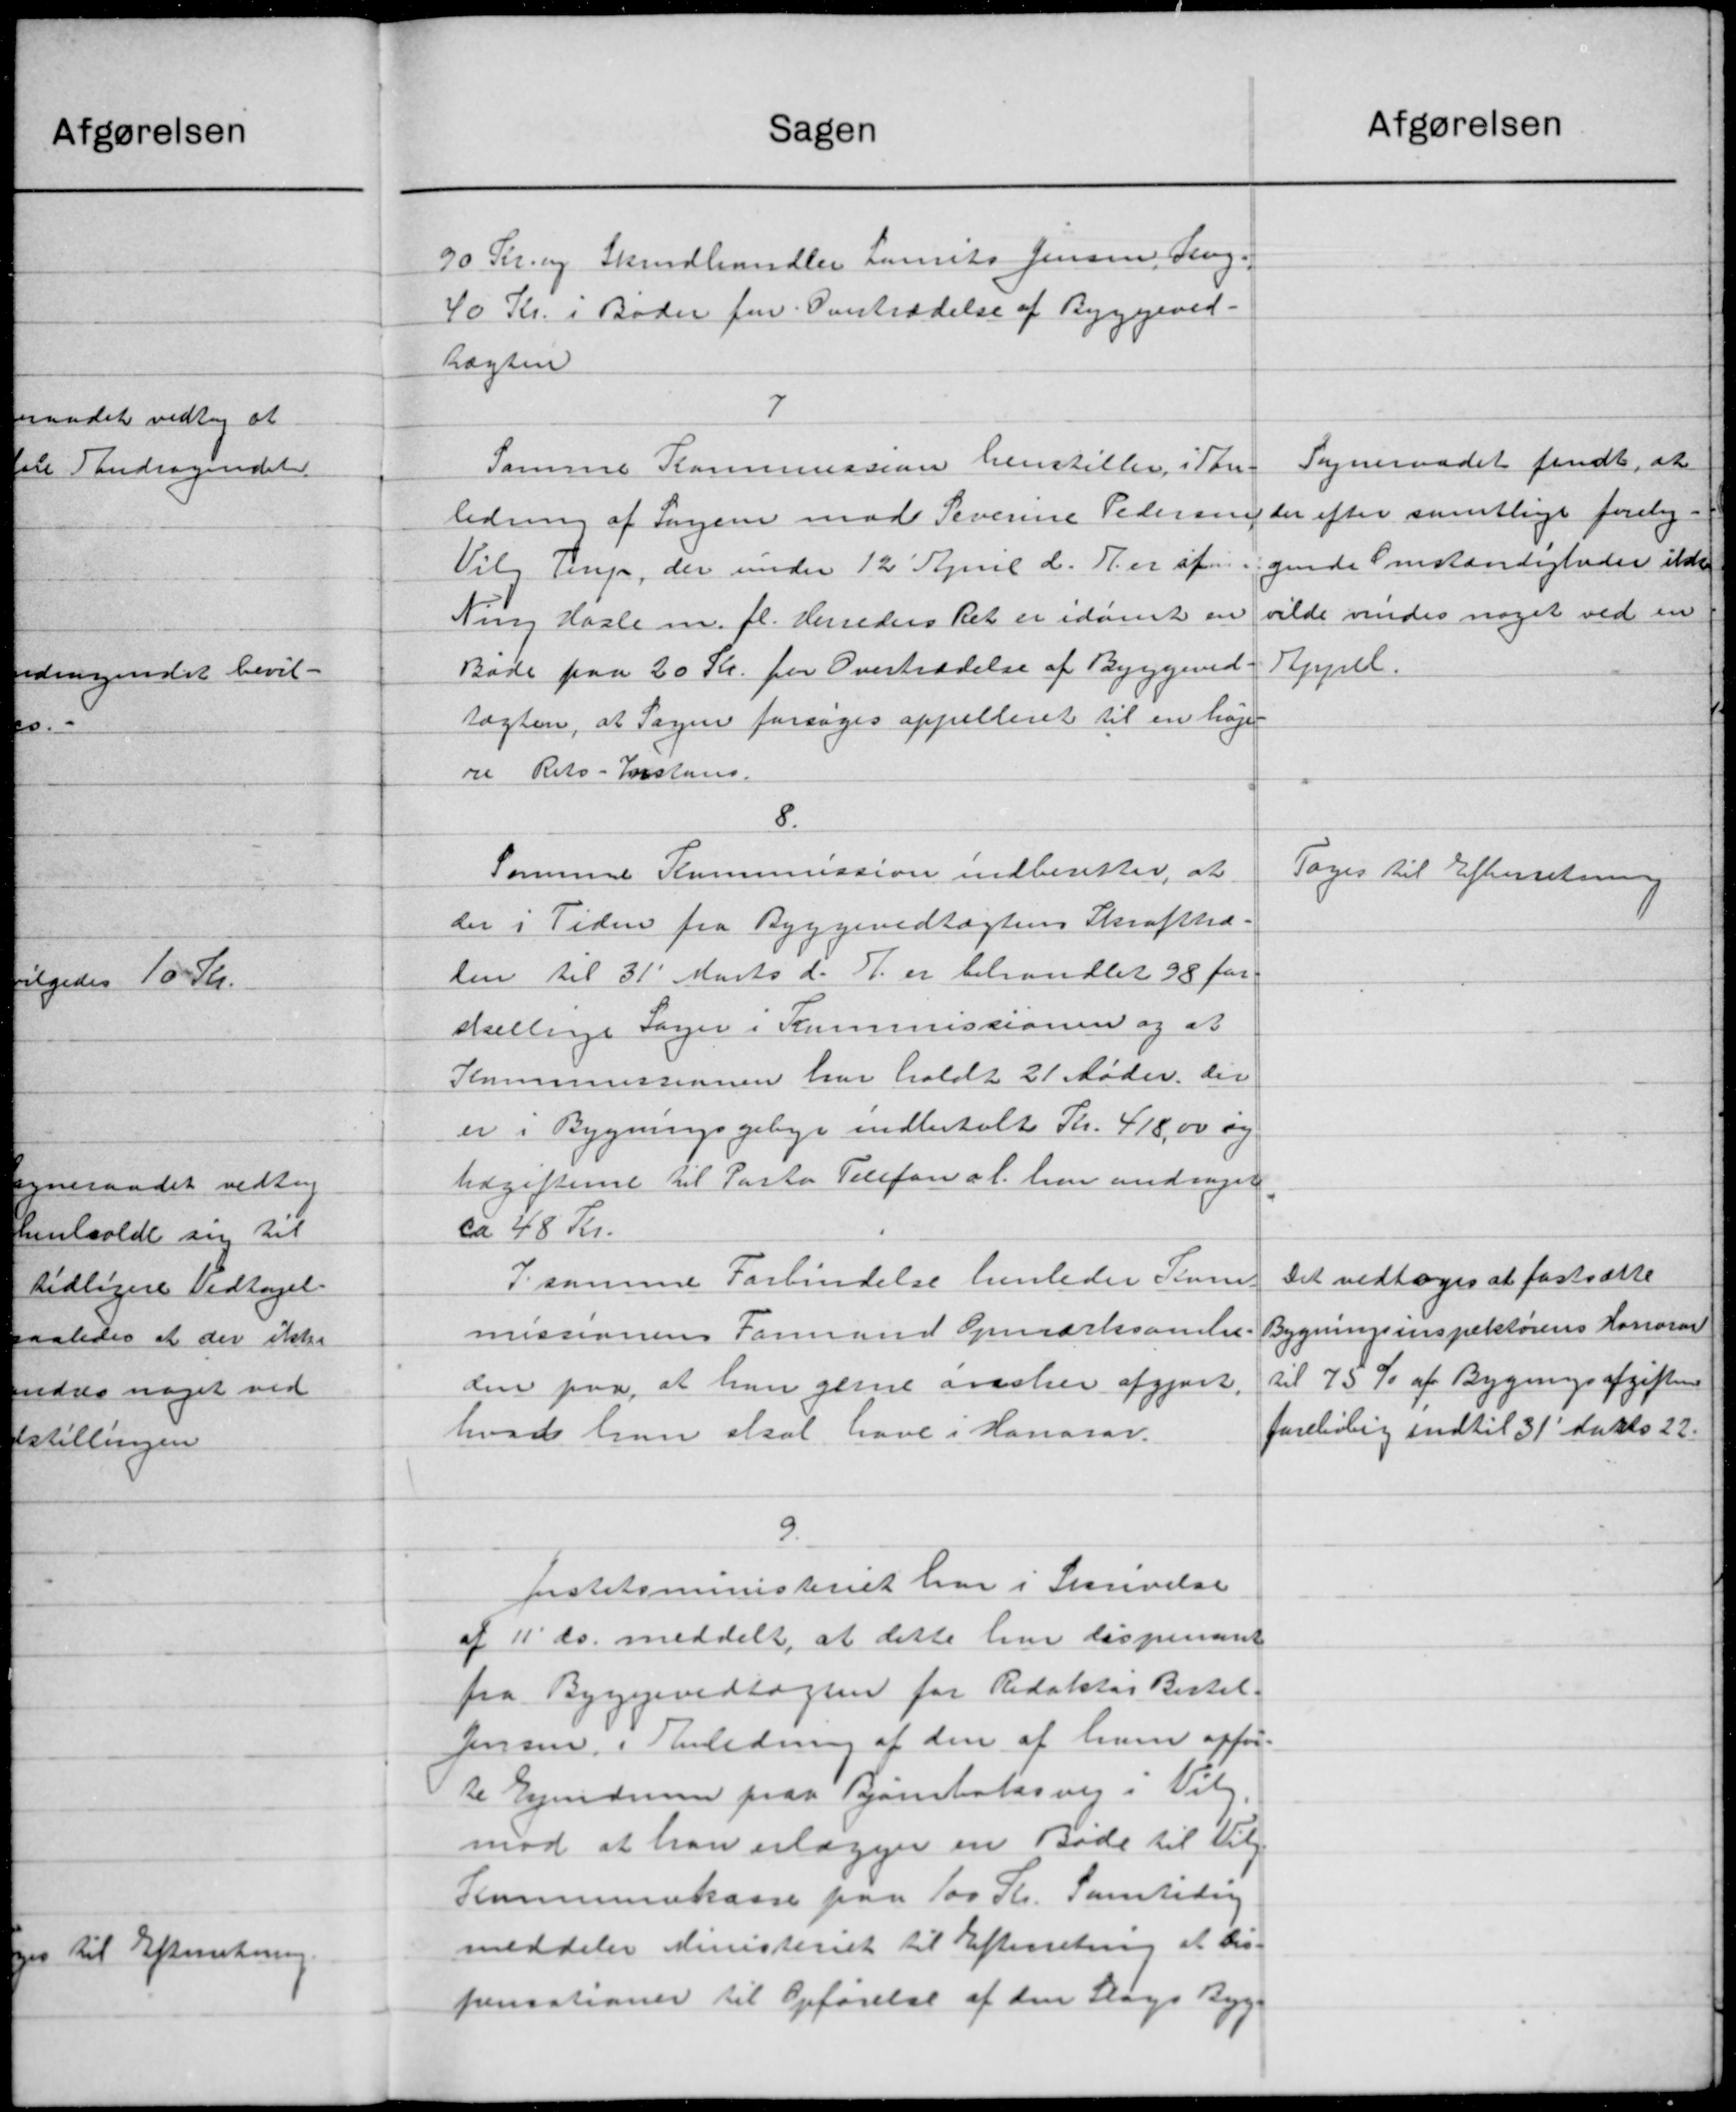
Transskription:
Sagen
90 Kr. og Skindhandler Laurits Jensen, Leng-
40 Kr. i Bøder for Overtrædelse af Byggeved-
Lægten
7
Samme Kommission henstiller i Tan-
ledning af Sagen mod Severine Pedersen
Vilg Ting, der under 12 April d. A. er af
Ning Hasle m. fl. Herreders Ret er idømt en
Bøde paa 20 Kr. for Overtrædelse af Byggeved
tægten, at Sagen forsøges appelleret til en høje
re Rets-Forstand
8.
Samme Kommission indberettes, at
der i Tiden fra Byggevedtægtens Skraftved.
len til 31' Marts d. A. er behandlet 98 for
skellige Sager i Kommissionen og at
Kommissionen har holdt 21 Møder. der
er i Bygningsgebyr indbetalt Kr. 418,00 og
Udgifterne til Pasto Telefon al. har andrager
ca 48 Kr.
I samme Forbindelse henleder Pun
missionens Formand Opmærksamli
den paa, at han gerne avisker afgjort.
hvad han skal have i Honorar.
9.
Justitsministeriet har i Skrivelse
af 11' ds. meddelt, at dette hun dispenant
fra Byggevedtagnen for Redaktør Bestil
Jensen i Anledning af den af ham opfør
te Ejendomme paa Bjørneboldsvej i Valg
mod at han erlægger en Bøde til Vil
Kommunekasse paa 100 Kr. Samtidig
meddeler Ministeriet til Efterretning at dis
pensationer til Opførelse af den Slags Byg-